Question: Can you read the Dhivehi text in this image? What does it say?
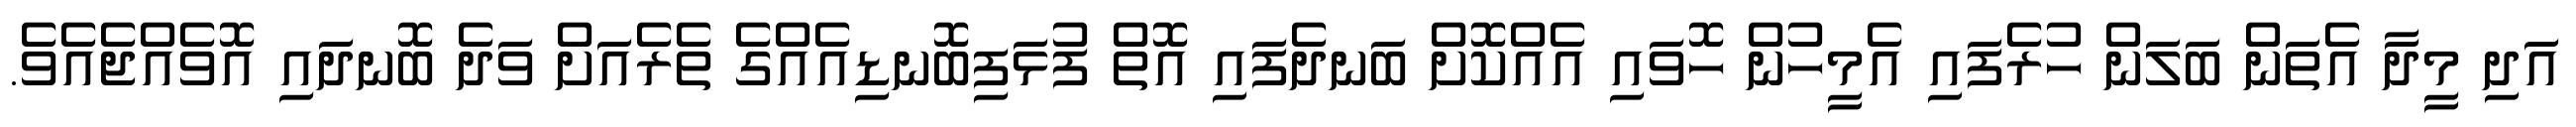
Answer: އަދި މީދާ އެތަން ބަލަން ހުރެފައި އެމީހުން ހޮވައި އެއްކޮށް ބަނދެފައި އޮތް ފުޅަފިބޮނޑިއެއްގެ ތެރެއަށް ވަދެ ބޮނދައި އޮވެއްޖެއެވެ.